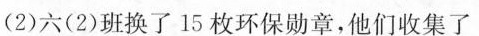
(2)六(2)班换了15枚环保勋章，他们收集了